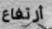
أرتفاع